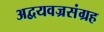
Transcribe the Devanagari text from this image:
अद्वयवज्रसंग्रह